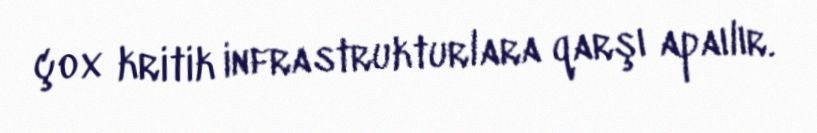
çox kritik infrastrukturlara qarşı apaılır.